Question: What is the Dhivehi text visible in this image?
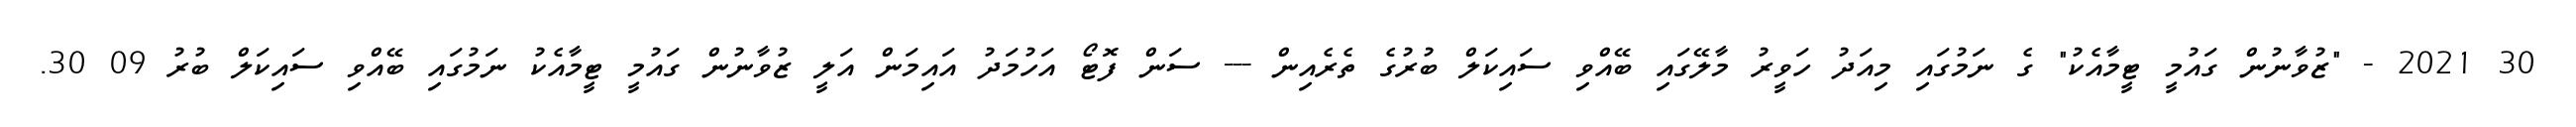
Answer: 30 2021 - "ޒުވާނުން ގައުމީ ޓީމާއެކު" ގެ ނަމުގައި މިއަދު ހަވީރު މާލޭގައި ބޭއްވި ސައިކަލް ބުރުގެ ތެރެއިން --- ސަން ފޮޓޯ އަހުމަދު އައިމަން އަލީ ޒުވާނުން ގައުމީ ޓީމާއެކު ނަމުގައި ބޭއްވި ސައިކަލް ބުރު 09 30.